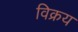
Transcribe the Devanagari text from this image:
विक्रय